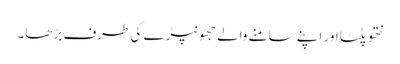
نتھو پلٹا اور اپنے سامنے والے جھونپڑے کی طرف بڑھا۔